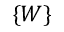
\lbrace W \rbrace